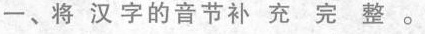
一、将汉字的音节补充完整。